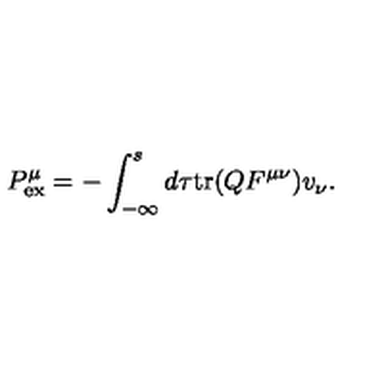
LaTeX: { P } _ { \mathrm { e x } } ^ { \mu } = - \int _ { - \infty } ^ { s } d \tau \mathrm { t r } ( Q F ^ { \mu \nu } ) v _ { \nu } .